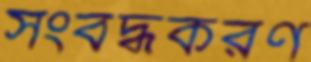
সংবদ্ধকরণ